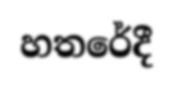
හතරේදී